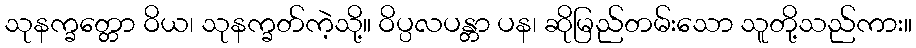
သုနက္ခတ္တော ဝိယ၊ သုနက္ခတ်ကဲ့သို့။ ဝိပ္ပလပန္တာ ပန၊ ဆိုမြည်တမ်းသော သူတို့သည်ကား။